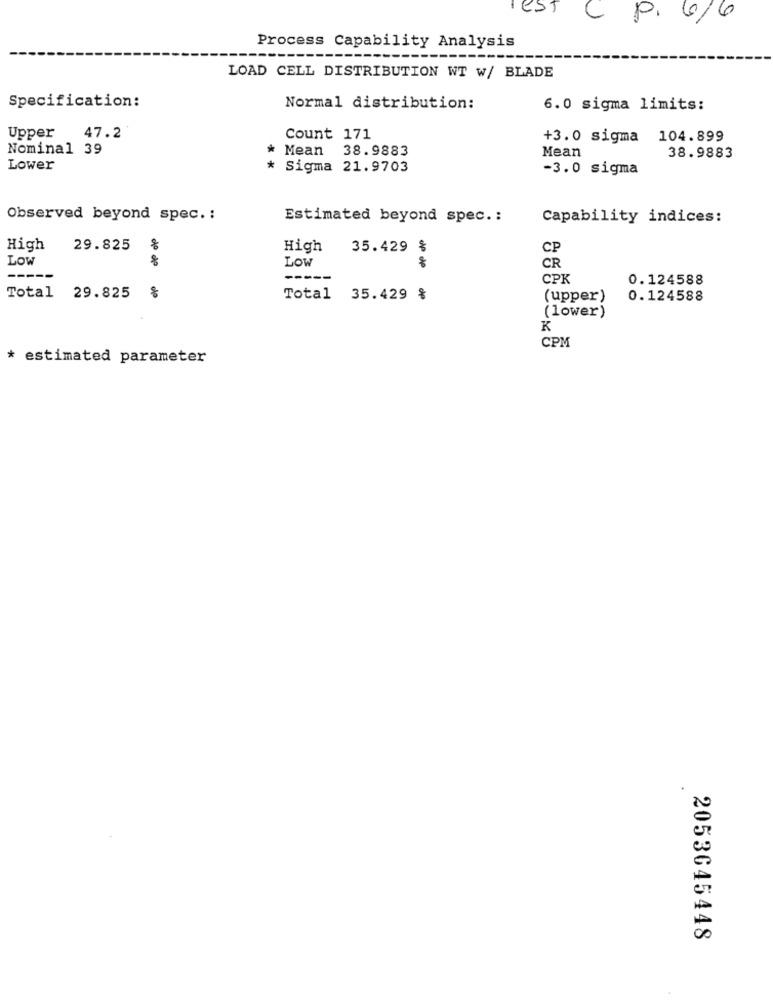
EST
C
P. 6/6
Process Capability Analysis
LOAD CELL DISTRIBUTION WT W/ BLADE
Specification:
Normal distribution:
6.0 sigma limits:
Upper
47.2
Count 171
+3.0 sigma 104.899
Nominal 39
* Mean 38.9883
Mean
38.9883
Lower
* Sigma 21.9703
-3.0 sigma
Observed beyond spec .:
Estimated beyond spec .:
Capability indices:
High
29.825
High
35.429 %
CP
LOW
LOW
CR
--
-----
CPK
0.124588
Total 29.825
do
Total 35.429 %
(upper)
0.124588
(lower)
K
CPM
* estimated parameter
2053645448